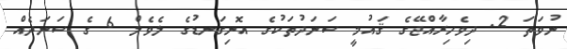
ނުވަތަ 2. ދިވެހިރާއްޖޭގެ ޤައުމީ ސަނަދުތަކުގެ އޮނިގަނޑުގެ ލެވެލް 6 ގެ ސަނަދެއް